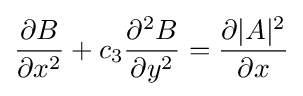
{\frac {\partial B}{\partial x^{2}}}+c_{3}{\frac {\partial ^{2}B}{\partial y^{2}}}={\frac {\partial |A|^{2}}{\partial x}}